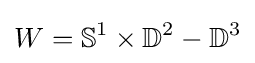
W=\mathbb {S} ^{1}\times \mathbb {D} ^{2}-\mathbb {D} ^{3}